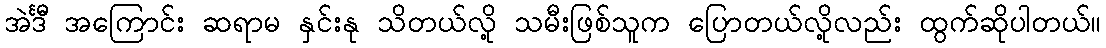
အဲင်္ဒီ အကြောင်း ဆရာမ နှင်းနု သိတယ်လို့ သမီးဖြစ်သူက ပြောတယ်လို့လည်း ထွက်ဆိုပါတယ်။